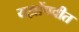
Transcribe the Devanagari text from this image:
यज्ञोंपवीत